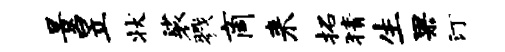
景昱状裟戮商来拓猜生果汀